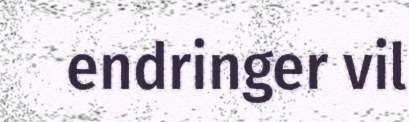
endringer vil